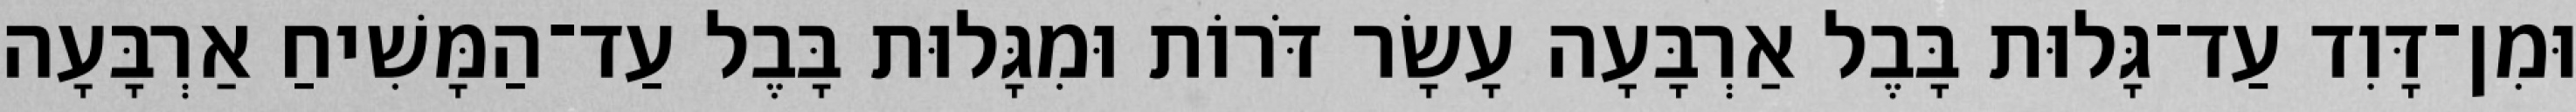
וּמִן־דָּוִד עַד־גָּלוּת בָּבֶל אַרְבָּעָה עָשָׂר דֹּרוֹת וּמִגָּלוּת בָּבֶל עַד־הַמָּשִׁיחַ אַרְבָּעָה